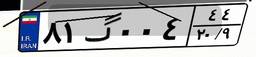
۸۱گ۰۰۴۴۴